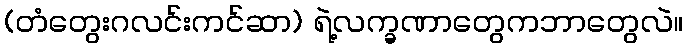
(တံတွေးဂလင်းကင်ဆာ) ရဲ့လက္ခဏာတွေကဘာတွေလဲ။